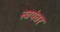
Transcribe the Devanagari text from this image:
स्‍वयंवर